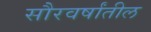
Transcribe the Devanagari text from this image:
सौरवर्षांतील